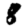
Digit: 8